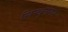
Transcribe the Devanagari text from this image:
सिन्धुनगर